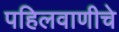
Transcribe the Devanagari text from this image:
पहिलवाणीचे